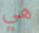
هي